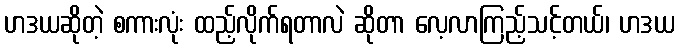
ဟဒယဆိုတဲ့ စကားလုံး ထည့်လိုက်ရတာလဲ ဆိုတာ လေ့လာကြည့်သင့်တယ်၊ ဟဒယ